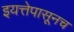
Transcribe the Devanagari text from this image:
इयत्तेपासूनच